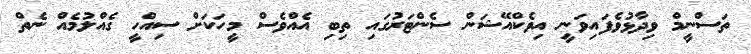
ތަސްނީމް ވިދާޅުވެފައިވަނީ އިވެކްއޭޝަން ސެންޓަރުގައި ތިބި އެއްވެސް މީހަކަށް ސިއްހީ ގެއްލުމެއް ނެތް